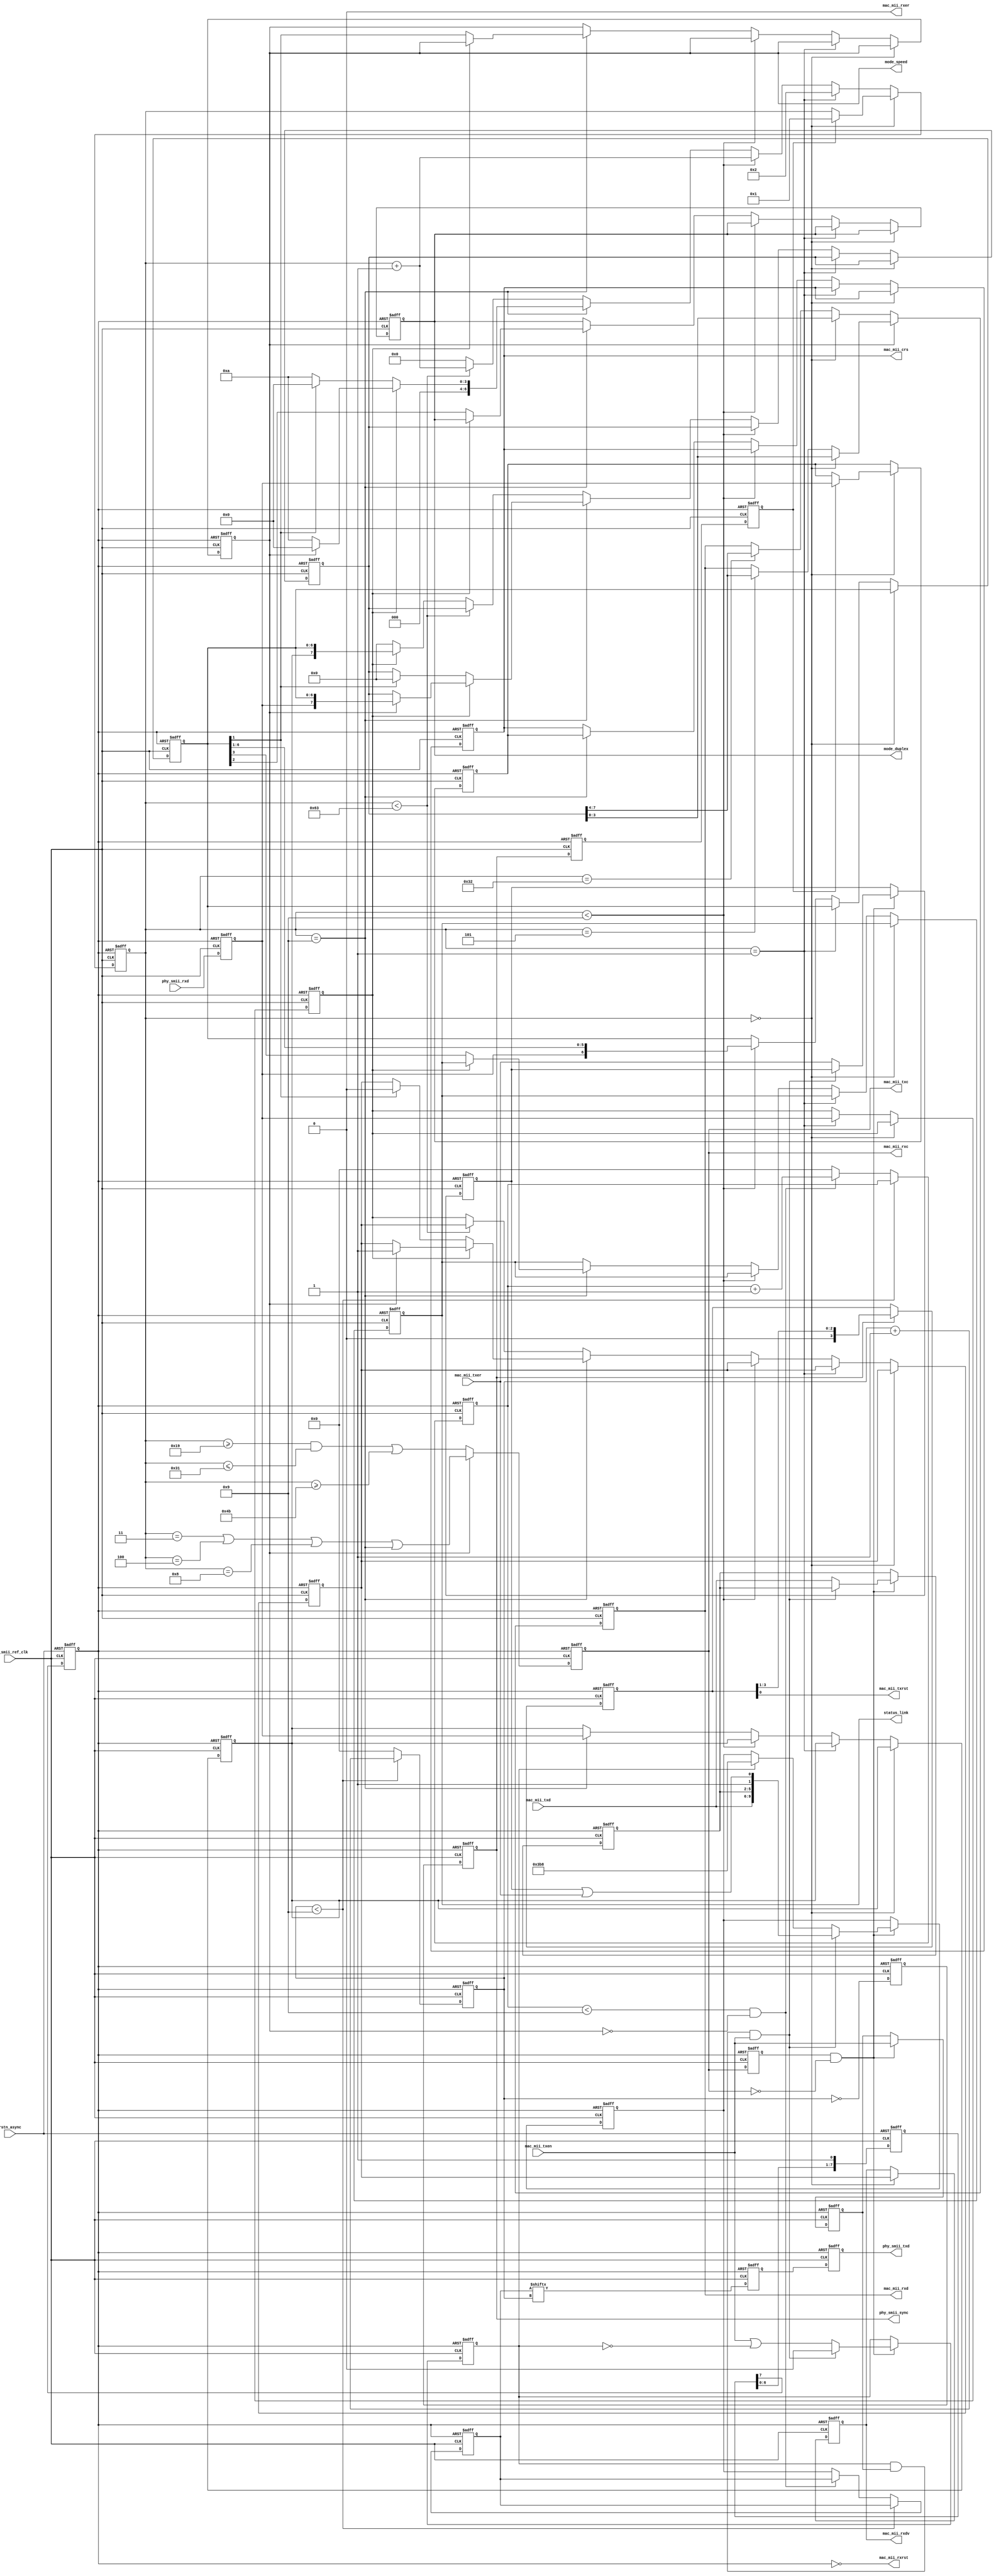

//--------------------------------------------------------------------------------------------------------
// Module  : smii_phy_if
// Type    : synthesizable, IP's top
// Standard: Verilog 2001 (IEEE1364-2001)
// Function: MII (MAC side) to SMII (PHY side) converter, for 10M or 100M ethernet
//--------------------------------------------------------------------------------------------------------

module smii_phy_if #(
    parameter  RX_SYNC_DELAY = 1  // Considering the PCB delay, when phy_smii_sync propagates from FPGA to PHY, and phy_smii_rxd propagates from PHY back to FPGA, phy_smii_rxd may be one cycle later than phy_smii_sync in FPGA's view. 
                                  // To compensate for the PCB delay, you can set this parameter to 1 to add one cycle delay to phy_smii_sync during the phy_smii_rxd sampling to compensate for the PCB delay.
                                  // 0: no delay
                                  // 1: one cycle delay
) (
    // reset, active low
    input  wire       rstn_async,
    // status output (optional for user)
    output reg        mode_speed,        // 0:10M,  1:100M
    output reg        mode_duplex,       // 0:Half, 1:Full
    output reg        status_link,       // 0:Link down   1: Link up
    // MII interface connect to MAC
    output reg        mac_mii_crs,
    output wire       mac_mii_rxrst,     // optional reset signal to MAC
    output reg        mac_mii_rxc,
    output reg        mac_mii_rxdv,
    output wire       mac_mii_rxer,
    output reg  [3:0] mac_mii_rxd,
    output wire       mac_mii_txrst,     // optional reset signal to MAC
    output wire       mac_mii_txc,
    input  wire       mac_mii_txen,
    input  wire       mac_mii_txer,
    input  wire [3:0] mac_mii_txd,
    // SMII interface connect to  PHY
    input  wire       phy_smii_ref_clk,  // 125MHz required
    output reg        phy_smii_sync,
    input  wire       phy_smii_rxd,
    output reg        phy_smii_txd
);

initial {mode_speed, mode_duplex, status_link} = 0;
initial {mac_mii_crs, mac_mii_rxc, mac_mii_rxdv, mac_mii_rxd} = 0;
initial {phy_smii_sync, phy_smii_txd} = 0;

reg [3:0] tx_rst_r = 4'hf;
reg       smii_rxsync_p = 1'b0;
reg       smii_rxsync = 1'b0;
reg       smii_rxd = 1'b0;
reg [6:0] rx_cnt = 4'h0;
reg       rx_crs = 1'b0;
reg       rx_dv = 1'b0;
reg [6:0] rx_data = 7'h0;
reg       rx_data_msb = 1'b0;
reg       rx_dv_r = 1'b0;
reg [7:0] rx_data_r = 8'h0;
reg       mii_txc_r = 1'b0;
wire      mii_txc_negedge;
reg       tx_en_r = 1'b0;
reg       tx_even = 1'b0;
reg       tx_err = 1'b0;
reg [3:0] tx_nibble = 4'h0;
reg [9:0] tx_serial = 10'b1110111000;
reg [4:0] tx_cnt = 4'd1;
reg [4:0] tx_seg_cnt = 4'd1;
reg [9:0] tx_serial_r = 10'h0;
reg       smii_txsync = 1'b0;
reg       smii_txd = 1'b0;

// ----------------------------------------------------------------------------------------------------------------------
//  reset sync
// ----------------------------------------------------------------------------------------------------------------------
reg       rstn = 1'b0;
reg [7:0] rstn_shift = 0;
always @ (posedge phy_smii_ref_clk or negedge rstn_async)
    if(~rstn_async)
        {rstn, rstn_shift} <= 0;
    else
        {rstn, rstn_shift} <= {rstn_shift, 1'b1};

// ----------------------------------------------------------------------------------------------------------------------
//  SMII TX reset and RX reset generate to MAC
// ----------------------------------------------------------------------------------------------------------------------
assign mac_mii_rxrst = ~rstn;
assign mac_mii_txrst = tx_rst_r[0];
always @ (posedge phy_smii_ref_clk or negedge rstn)
    if(~rstn) begin
        tx_rst_r <= 4'hf;
    end else begin
        if(phy_smii_sync) begin
            tx_rst_r <= {1'b0, tx_rst_r[3:1]};
        end
    end

// ----------------------------------------------------------------------------------------------------------------------
//  SMII RX latch pre
// ----------------------------------------------------------------------------------------------------------------------
always @ (posedge phy_smii_ref_clk or negedge rstn)
    if(~rstn) begin
        smii_rxsync_p <= 1'b0;
    end else begin
        smii_rxsync_p <= phy_smii_sync;
    end

// ----------------------------------------------------------------------------------------------------------------------
//  SMII RX latch
// ----------------------------------------------------------------------------------------------------------------------
always @ (posedge phy_smii_ref_clk or negedge rstn)
    if(~rstn) begin
        smii_rxsync <= 1'b0;
        smii_rxd <= 1'b0;
    end else begin
        smii_rxsync <= (RX_SYNC_DELAY==0) ? phy_smii_sync : smii_rxsync_p;
        smii_rxd <= phy_smii_rxd;
    end

// ----------------------------------------------------------------------------------------------------------------------
//  SMII RX parse
// ----------------------------------------------------------------------------------------------------------------------
always @ (posedge phy_smii_ref_clk or negedge rstn)
    if(~rstn) begin
        rx_cnt <= 7'd0;
        rx_crs <= 1'b0;
        rx_dv <= 1'b0;
        rx_data <= 7'h0;
        rx_data_msb <= 1'b0;
        rx_dv_r <= 1'b0;
        rx_data_r <= 8'h0;
        mode_speed <= 1'b0;
        mode_duplex <= 1'b0;
        status_link <= 1'b0;
        mac_mii_crs <= 1'b0;
    end else begin
        if( rx_cnt == 7'd0 ) begin
            if(smii_rxsync) begin
                rx_cnt <= 7'd1;
                rx_crs <= smii_rxd;
            end
        end else if( rx_cnt == 7'd1 ) begin
            rx_cnt <= 7'd2;
            rx_dv <= smii_rxd;
        end else if( rx_cnt <  7'd9 ) begin
            rx_cnt <= rx_cnt + 7'd1;
            rx_data <= {smii_rxd, rx_data[6:1]};
        end else if( rx_cnt == 7'd9 ) begin
            if( rx_dv ) begin
                rx_cnt <= mode_speed ? 7'd0 : 7'd10;
                if(mode_speed) begin
                    rx_dv_r <= 1'b1;
                    rx_data_r <= {smii_rxd, rx_data};
                end
            end else begin
                rx_cnt <= rx_data[1] ? 7'd0 : 7'd10;
                if(rx_data[1]) begin
                    rx_dv_r <= 1'b0;
                    rx_data_r <= 8'h0;
                end
                mode_speed <= rx_data[1];
                mode_duplex <= rx_data[2];
                status_link <= rx_data[3];
            end
            rx_data_msb <= smii_rxd;
            mac_mii_crs <= rx_crs;
        end else if( rx_cnt < 7'd99 ) begin
            rx_cnt <= rx_cnt + 7'd1;
        end else begin
            rx_cnt <= 7'd0;
            rx_dv_r <= rx_dv;
            rx_data_r <= rx_dv ? {rx_data_msb, rx_data} : 8'h0;
        end
    end

// ----------------------------------------------------------------------------------------------------------------------
//  MII RX generate
// ----------------------------------------------------------------------------------------------------------------------
assign mac_mii_rxer = 1'b0;
always @ (posedge phy_smii_ref_clk or negedge rstn)
    if(~rstn) begin
        mac_mii_rxc <= 1'b0;
        mac_mii_rxdv <= 1'b0;
        mac_mii_rxd <= 4'h0;
    end else begin
        if( mode_speed ) begin
            mac_mii_rxc <= (rx_cnt==7'd3) || (rx_cnt==7'd4) || (rx_cnt==7'd8) || (rx_cnt==7'd9);
            if( rx_cnt == 7'd0 ) begin
                mac_mii_rxdv <= rx_dv_r;
                mac_mii_rxd <= rx_data_r[3:0];
            end else if( rx_cnt == 7'd5 ) begin
                mac_mii_rxd <= rx_data_r[7:4];
            end
        end else begin
            mac_mii_rxc <= (rx_cnt>=7'd25 && rx_cnt<=7'd49) || (rx_cnt>=7'd75);
            if( rx_cnt == 7'd0 ) begin
                mac_mii_rxdv <= rx_dv_r;
                mac_mii_rxd <= rx_data_r[3:0];
            end else if( rx_cnt == 7'd50 ) begin
                mac_mii_rxd <= rx_data_r[7:4];
            end
        end
    end

// ----------------------------------------------------------------------------------------------------------------------
//  MII TX clock generate
// ----------------------------------------------------------------------------------------------------------------------
assign mac_mii_txc = mac_mii_rxc;

// ----------------------------------------------------------------------------------------------------------------------
//  MII TX clock negedge detect
// ----------------------------------------------------------------------------------------------------------------------
assign mii_txc_negedge = mii_txc_r & ~mac_mii_txc;
always @ (posedge phy_smii_ref_clk or negedge rstn)
    if(~rstn)
        mii_txc_r <= 1'b0;
    else
        mii_txc_r <= mac_mii_txc;

// ----------------------------------------------------------------------------------------------------------------------
//  MII TX parse
// ----------------------------------------------------------------------------------------------------------------------
always @ (posedge phy_smii_ref_clk or negedge rstn)
    if(~rstn) begin
        tx_en_r <= 1'b0;
        tx_even <= 1'b0;
        tx_err <= 1'b0;
        tx_nibble <= 4'h0;
        tx_serial <= 10'b1110111000;
    end else begin
        if(mii_txc_negedge) begin
            tx_en_r <= mac_mii_txen;
            if(tx_even & tx_en_r & mac_mii_txen) begin
                tx_even <= 1'b0;
                tx_serial <= {mac_mii_txd, tx_nibble, 1'b1, tx_err|mac_mii_txer};
            end else begin
                tx_even <= mac_mii_txen | ~tx_even;
                tx_err <= mac_mii_txer;
                tx_nibble <= mac_mii_txd;
                if(tx_even)
                    tx_serial <= 10'b1110111000;
            end
        end
    end

// ----------------------------------------------------------------------------------------------------------------------
//  SMII TX count
// ----------------------------------------------------------------------------------------------------------------------
always @ (posedge phy_smii_ref_clk or negedge rstn)
    if(~rstn) begin
        tx_cnt <= 4'd1;
        tx_seg_cnt <= 4'd1;
        tx_serial_r <= 10'd0;
    end else begin
        if(tx_cnt<4'd9) begin
            tx_cnt <= tx_cnt + 4'd1;
        end else begin
            tx_cnt <= 4'd0;
            if( tx_seg_cnt < 4'd9 && ~mode_speed ) begin
                tx_seg_cnt <= tx_seg_cnt + 4'd1;
            end else begin
                tx_seg_cnt <= 4'd0;
                tx_serial_r <= tx_serial;
            end
        end
    end

// ----------------------------------------------------------------------------------------------------------------------
//  SMII TX generate and SYNC generate
// ----------------------------------------------------------------------------------------------------------------------
always @ (posedge phy_smii_ref_clk or negedge rstn)
    if(~rstn) begin
        smii_txsync <= 1'b0;
        smii_txd <= 1'b0;
    end else begin
        smii_txsync <= tx_cnt == 4'd0;
        smii_txd <= tx_serial_r[tx_cnt];
    end

// ----------------------------------------------------------------------------------------------------------------------
//  SMII TX output latch
// ----------------------------------------------------------------------------------------------------------------------
always @ (posedge phy_smii_ref_clk or negedge rstn)
    if(~rstn) begin
        phy_smii_sync <= 1'b0;
        phy_smii_txd <= 1'b0;
    end else begin
        phy_smii_sync <= smii_txsync;
        phy_smii_txd <= smii_txd;
    end

endmodule